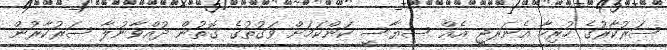
ސަރުކާރުގެ ހުރިހާ އެނަރޖީ އެއް ސިޔާސީ ކަންކަމަށް ވަގުތުގެ ގޮތުން ދުއްވާނުލާ ސަރުކާރުން